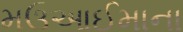
મઉઆઈમાના